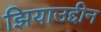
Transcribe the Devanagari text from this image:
झियाउद्दीन